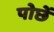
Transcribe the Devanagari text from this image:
पोछें